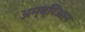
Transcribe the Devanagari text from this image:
अम्ब्रिआन